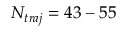
N _ { t r a j } = 4 3 - 5 5